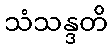
သံသန္ဒတိ